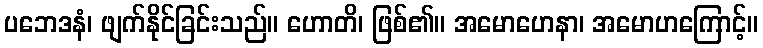
ပဘေဒနံ၊ ဖျက်နိုင်ခြင်းသည်။ ဟောတိ၊ ဖြစ်၏။ အမောဟေနာ၊ အမောဟကြောင့်။